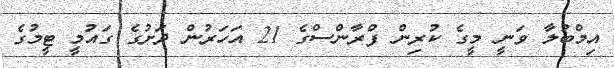
އިމްބުލާ ވަނީ މީގެ ކުރިން ފްރާންސްގެ 21 އަހަރުން ދަށުގެ ގައުމީ ޓީމުގެ